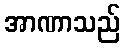
အာဏာသည်